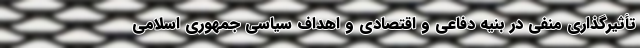
تأثیرگذاری منفی در بنیه دفاعی و اقتصادی و اهداف سیاسی جمهوری اسلامی